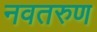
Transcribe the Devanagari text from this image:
नवतरुण